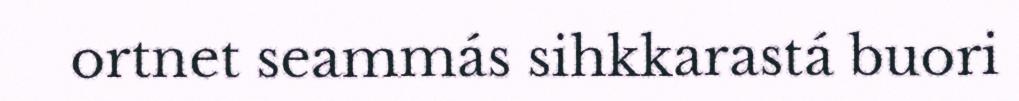
ortnet seammás sihkkarastá buori